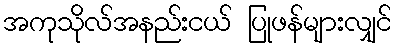
အကုသိုလ်အနည်းငယ် ပြုဖန်များလျှင်